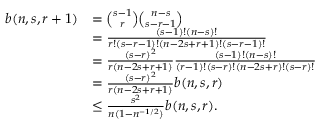
\begin{array} { r l } { b ( n , s , r + 1 ) } & { = \binom { s - 1 } { r } \binom { n - s } { s - r - 1 } } \\ & { = \frac { ( s - 1 ) ! ( n - s ) ! } { r ! ( s - r - 1 ) ! ( n - 2 s + r + 1 ) ! ( s - r - 1 ) ! } } \\ & { = \frac { ( s - r ) ^ { 2 } } { r ( n - 2 s + r + 1 ) } \frac { ( s - 1 ) ! ( n - s ) ! } { ( r - 1 ) ! ( s - r ) ! ( n - 2 s + r ) ! ( s - r ) ! } } \\ & { = \frac { ( s - r ) ^ { 2 } } { r ( n - 2 s + r + 1 ) } b ( n , s , r ) } \\ & { \leq \frac { s ^ { 2 } } { n ( 1 - n ^ { - 1 / 2 } ) } b ( n , s , r ) . } \end{array}